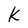
Character: K